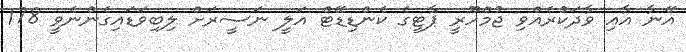
އޭނާ އާއި ވާދަކުރެއްވި ޖުމްހޫރީ ޕާޓީގެ ކެންޑިޑޭޓް އަލީ ނަސީރަށް ލިބިވަޑައިގެންނެވީ 178